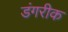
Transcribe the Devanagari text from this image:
डंगरीक